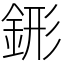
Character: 䤯